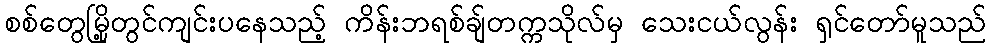
စစ်တွေမြို့တွင်ကျင်းပနေသည့် ကိန်းဘရစ်ချ်တက္ကသိုလ်မှ သေးငယ်လွန်း ရှင်တော်မူသည်